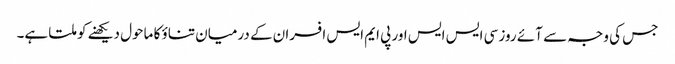
جس کی وجہ سے آئے روز سی ایس ایس اور پی ایم ایس افسران کے درمیان تناؤ کا ماحول دیکھنے کو ملتا ہے۔